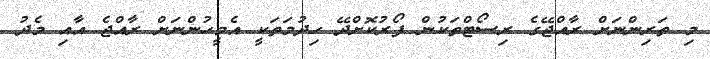
މި ތަރިންނަށް ރާއްޖޭގެ ރިސޯޓްތަކުން ފޯރުކޮށްދޭ ހިދުމަތަކީ އެމީހުންނަށް ރާއްޖެ އާއި މެދު